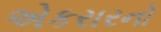
એકરારનો